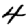
Digit: 4